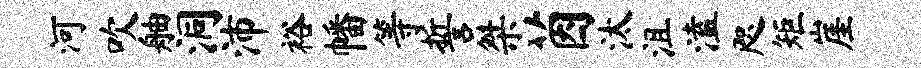
河吹舳洞沛裕幡等誓桀茵汰沮溘咫矩崖